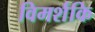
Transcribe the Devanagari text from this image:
विमर्शकि